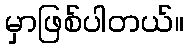
မှာဖြစ်ပါတယ်။